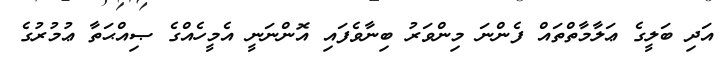
އަދި ބަލީގެ ޢަލާމާތްތައް ފެންނަ މިންވަރު ބިނާވެފައި އޮންނަނީ އެމީހެއްގެ ޞިއްޙަތާ ޢުމުރުގެ